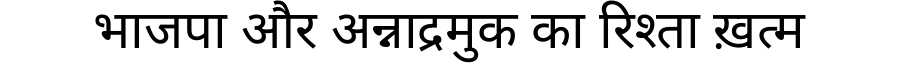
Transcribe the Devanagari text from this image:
भाजपा और अन्नाद्रमुक का रिश्ता ख़त्म